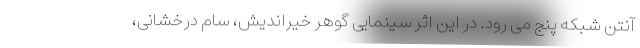
آنتن شبکه پنج می رود. در این اثر سینمایی گوهر خیراندیش، سام درخشانی،